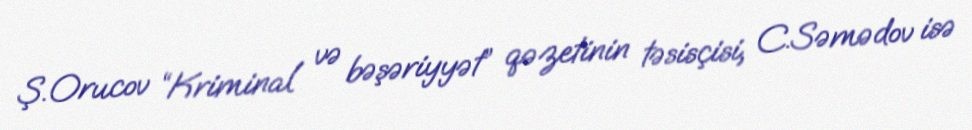
Ş.Orucov “Kriminal və bəşəriyyət” qəzetinin təsisçisi, C.Səmədov isə